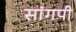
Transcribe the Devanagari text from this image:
सांगपी